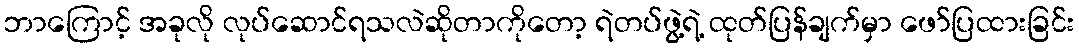
ဘာကြောင့် အခုလို လုပ်ဆောင်ရသလဲဆိုတာကိုတော့ ရဲတပ်ဖွဲ့ရဲ့ ထုတ်ပြန်ချက်မှာ ဖော်ပြထားခြင်း